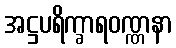
အဋ္ဌပရိက္ခာရဝဏ္ဏနာ